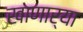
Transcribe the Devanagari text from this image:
खाणार्या